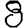
Digit: 8